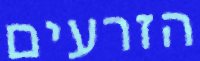
הזרעים